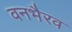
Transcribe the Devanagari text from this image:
वनभैरव